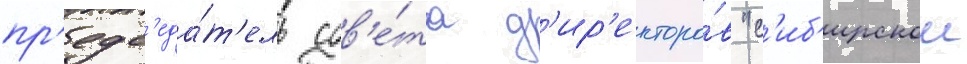
пр'едс'еда́т'ель сов'е́та д'ир'екторо́в "с'иб'ирскои